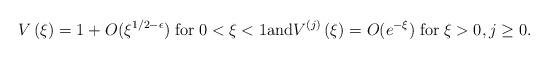
LaTeX: \begin{align*} V\left (\xi \right) = 1+O(\xi^{1/2-\epsilon}) \; \mbox{for} \; 0<\xi<1 \mbox{and} V^{(j)}\left (\xi \right) =O(e^{-\xi}) \; \mbox{for} \; \xi >0, j \geq 0.\end{align*}